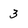
Character: 3